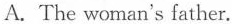
A. The woman's father.